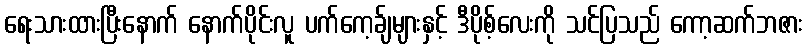
ရေးသားထားပြီးနောက် နောက်ပိုင်းလူ ပက်ကေ့ခ်ျများနှင့် ဒီပိုစ့်လေးကို သင်ပြသည် ကော့ဆက်ဘဇား